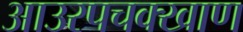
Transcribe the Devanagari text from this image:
आउरपचक्खाण